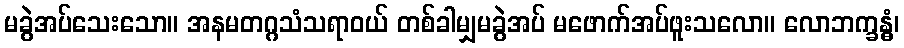
မခွဲအပ်သေးသော။ အနမတဂ္ဂသံသရာဝယ် တစ်ခါမျှမခွဲအပ် မဖောက်အပ်ဖူးသလော။ လောဘက္ခန္ဓံ၊